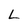
Character: L